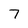
Character: 7